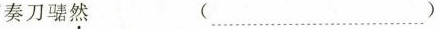
奏刀騞然 (……)